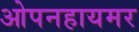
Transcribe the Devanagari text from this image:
ओपनहायमर